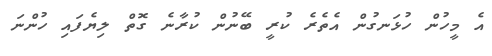
އެ މީހުން ހުޅަނގުން އެތެރެ ކުރީ ބޭނުން ކުރާނެ ގޮތް ލިޔެފައި ހުންނަ